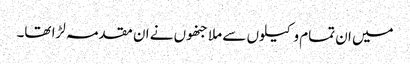
میں ان تمام وکیلوں سے ملا جنھوں نے ان مقدمہ لڑا تھا۔